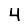
Digit: 4